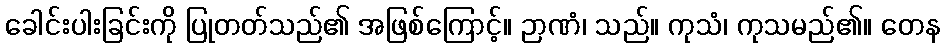
ခေါင်းပါးခြင်းကို ပြုတတ်သည်၏ အဖြစ်ကြောင့်။ ဉာဏံ၊ သည်။ ကုသံ၊ ကုသမည်၏။ တေန